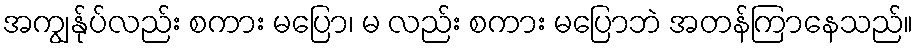
အကျွန်ုပ်လည်း စကား မပြော၊ မ လည်း စကား မပြောဘဲ အတန်ကြာနေသည်။